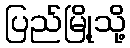
ပြည်မြို့သို့